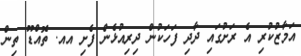
އަމާޒުކުރި އެ ރަށުގައި ދާދި ފަހަކުން ދިރިއުޅެން ފެށި އއ. ތޮއްޑޫ ތިން